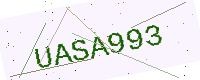
Text: UASA993